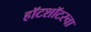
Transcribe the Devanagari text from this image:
हॉटशॉटस्चा